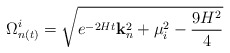
\begin{align*}\Omega^i_{n(t)}=\sqrt{e^{-2Ht}{\bf k}_n^2+\mu_i^2-\frac{9H^2}{4}}\end{align*}